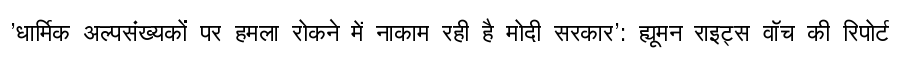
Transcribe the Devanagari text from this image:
'धार्मिक अल्पसंख्यकों पर हमला रोकने में नाकाम रही है मोदी सरकार': ह्यूमन राइट्स वॉच की रिपोर्ट